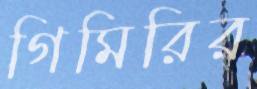
গিমিরির